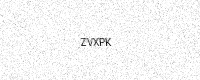
Text: ZVXPK